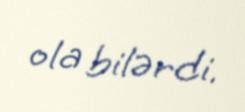
ola bilərdi.